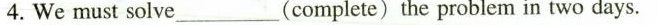
4.We must solve____(complete) the problem in two days.